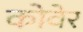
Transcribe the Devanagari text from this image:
कोवेर